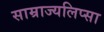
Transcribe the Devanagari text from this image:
साम्राज्यलिप्सा